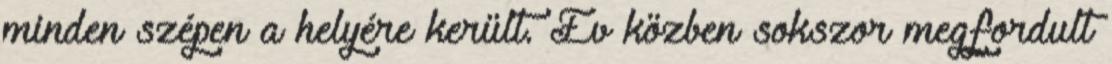
minden szépen a helyére került. Év közben sokszor megfordult